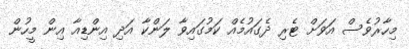
މިހާރުވެސް އަވަށް ޓެރި ދެގައުމެއް ކަމުގައިވާ ލަންކާ އަދި އިންޑިއާ އިން މީހުން